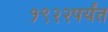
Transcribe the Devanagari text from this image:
१९२२पर्यंत